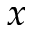
x